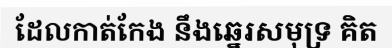
ដែលកាត់កែង នឹងឆ្នេរសមុទ្រ គិត